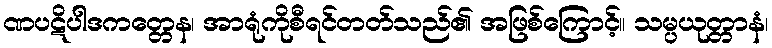
ဏပဋိပါဒကတ္တေန၊ အာရုံကိုစီရင်တတ်သည်၏ အဖြစ်ကြောင့်။ သမ္ပယုတ္တာနံ၊